Sanitation, dispensaries and jails vaccination Rajputana 1922-1927 - 1922-1927
Year: 1922
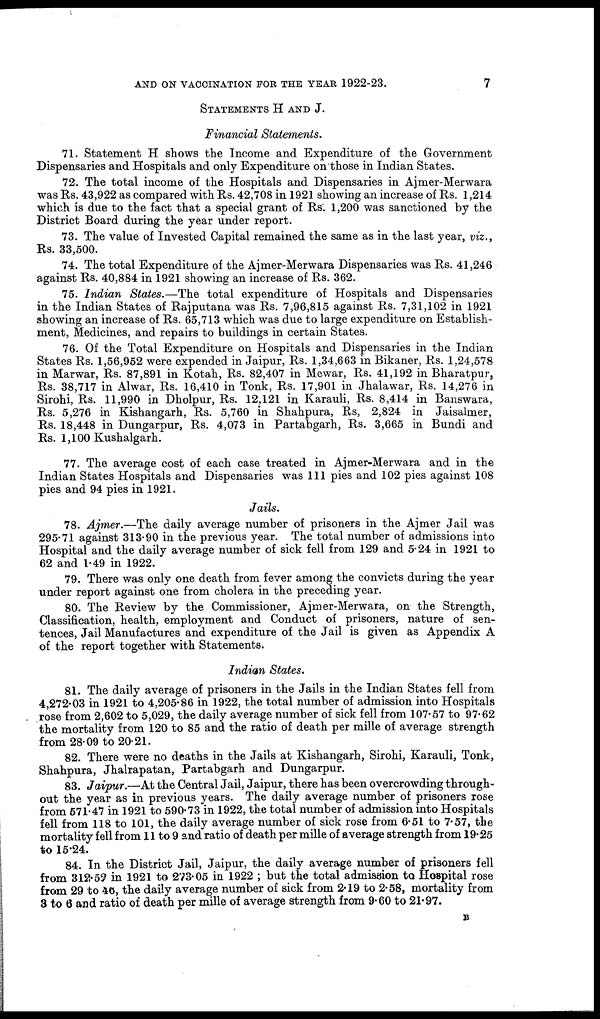
AND ON VACCINATION FOR THE YEAR 1922-23.
7
STATEMENTS H AND J.
Financial Statements.
71. Statement H shows the Income and Expenditure of the Government
Dispensaries and Hospitals and only Expenditure on those in Indian States.
72. The total income of the Hospitals and Dispensaries in Ajmer-Merwara
was Rs. 43,922 as compared with Rs. 42,708 in 1921 showing an increase of Rs. 1,214
which is due to the fact that a special grant of Rs. 1,200 was sanctioned by the
District Board during the year under report.
73. The value of Invested Capital remained the same as in the last year, viz.,
Rs. 33,500.
74. The total Expenditure of the Ajmer-Merwara Dispensaries was Rs. 41,246
against Rs. 40,884 in 1921 showing an increase of Rs. 362.
75. Indian States.—The total expenditure of Hospitals and Dispensaries
in the Indian States of Rajputana was Rs. 7,96,815 against Rs. 7,31,102 in 1921
showing an increase of Rs. 65,713 which was due to large expenditure on Establish-
ment, Medicines, and repairs to buildings in certain States.
76. Of the Total Expenditure on Hospitals and Dispensaries in the Indian
States Rs. 1,56,952 were expended in Jaipur, Rs. 1,34,663 in Bikaner, Rs. 1,24,578
in Marwar, Rs. 87,891 in Kotah, Rs. 82,407 in Mewar, Rs. 41,192 in Bharatpur,
Rs. 38,717 in Alwar, Rs. 16,410 in Tonk, Rs. 17,901 in Jhalawar, Rs. 14,276 in
Sirohi, Rs. 11,990 in Dholpur, Rs. 12,121 in Karauli, Rs. 8,414 in Banswara,
Rs. 5,276 in Kishangarh, Rs. 5,760 in Shahpura, Rs, 2,824 in Jaisalmer,
Rs. 18,448 in Dungarpur, Rs. 4,073 in Partabgarh, Rs. 3,665 in Bundi and
Rs. 1,100 Kushalgarh.
77. The average cost of each case treated in Ajmer-Merwara and in the
Indian States Hospitals and Dispensaries was 111 pies and 102 pies against 108
pies and 94 pies in 1921.
Jails.
78. Ajmer.—The daily average number of prisoners in the Ajmer Jail was
295.71 against 313.90 in the previous year. The total number of admissions into
Hospital and the daily average number of sick fell from 129 and 5.24 in 1921 to
62 and 1.49 in 1922.
79. There was only one death from fever among the convicts during the year
under report against one from cholera in the preceding year.
80. The Review by the Commissioner, Ajmer-Merwara, on the Strength,
Classification, health, employment and Conduct of prisoners, nature of sen-
tences, Jail Manufactures and expenditure of the Jail is given as Appendix A
of the report together with Statements.
Indian States.
81. The daily average of prisoners in the Jails in the Indian States fell from
4,272.03 in 1921 to 4,205.86 in 1922, the total number of admission into Hospitals
rose from 2,602 to 5,029, the daily average number of sick fell from 107.57 to 97.62
the mortality from 120 to 85 and the ratio of death per mille of average strength
from 28.09 to 20.21.
82. There were no deaths in the Jails at Kishangarh, Sirohi, Karauli, Tonk,
Shahpura, Jhalrapatan, Partabgarh and Dungarpur.
83. Jaipur.—At the Central Jail, Jaipur, there has been overcrowding through-
out the year as in previous years. The daily average number of prisoners rose
from 571.47 in 1921 to 590.73 in 1922, the total number of admission into Hospitals
fell from 118 to 101, the daily average number of sick rose from 6.51 to 7.57, the
mortality fell from 11 to 9 and ratio of death per mille of average strength from 19.25
to 15.24.
84. In the District Jail, Jaipur, the daily average number of prisoners fell
from 312.52 in 1921 to 273.05 in 1922 ; but the total admission to Hospital rose
from 29 to 46, the daily average number of sick from 2.19 to 2.58, mortality from
3 to 6 and ratio of death per mille of average strength from 9.60 to 21.97.
B